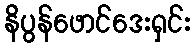
နိပွန်ဖောင်ဒေးရှင်း